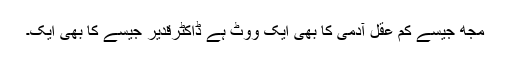
مجھ جیسے کم عقل آدمی کا بھی ایک ووٹ ہے ڈاکٹرقدیر جیسے کا بھی ایک۔